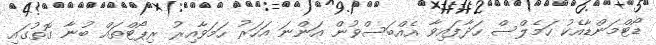
ޑޯޓްމަންޑާއެކު ހަމެލްސް ހަދާފައިވާ އެއްބަސްވުން އަންނަ އަހަރު ހަމަވާއިރު ރިޕޯޓްތައް ބުނާ ގޮތުގައި